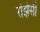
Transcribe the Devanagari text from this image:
रोझेसी